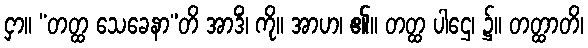
ငှာ။ “တတ္ထ သေခေနာ”တိ အာဒိံ၊ ကို။ အာဟ၊ ၏။ တတ္ထ ပါဌေ၊ ၌။ တတ္ထာတိ၊